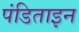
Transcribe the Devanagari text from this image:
पंडिताइन